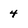
Character: 4